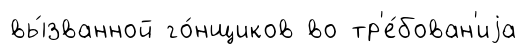
вы́званной го́нщиков во тр'е́бован'иjа